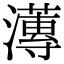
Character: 𭳚